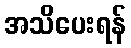
အသိပေးရန်